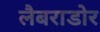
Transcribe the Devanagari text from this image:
लैबराडोर